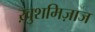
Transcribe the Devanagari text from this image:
ख़ुशमिज़ाज